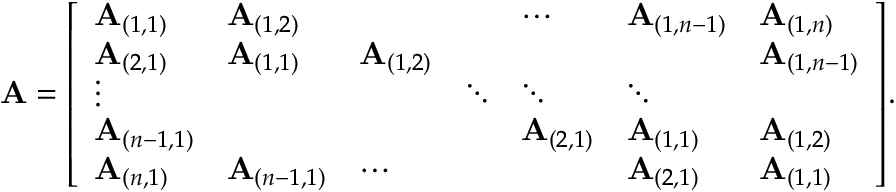
\mathbf { A } = { \left[ \begin{array} { l l l l l l l } { \mathbf { A } _ { ( 1 , 1 ) } } & { \mathbf { A } _ { ( 1 , 2 ) } } & { } & { } & { \cdots } & { \mathbf { A } _ { ( 1 , n - 1 ) } } & { \mathbf { A } _ { ( 1 , n ) } } \\ { \mathbf { A } _ { ( 2 , 1 ) } } & { \mathbf { A } _ { ( 1 , 1 ) } } & { \mathbf { A } _ { ( 1 , 2 ) } } & { } & { } & { } & { \mathbf { A } _ { ( 1 , n - 1 ) } } \\ { \vdots } & { } & { } & { \ddots } & { \ddots } & { \ddots } & { } \\ { \mathbf { A } _ { ( n - 1 , 1 ) } } & { } & { } & { } & { \mathbf { A } _ { ( 2 , 1 ) } } & { \mathbf { A } _ { ( 1 , 1 ) } } & { \mathbf { A } _ { ( 1 , 2 ) } } \\ { \mathbf { A } _ { ( n , 1 ) } } & { \mathbf { A } _ { ( n - 1 , 1 ) } } & { \cdots } & { } & { } & { \mathbf { A } _ { ( 2 , 1 ) } } & { \mathbf { A } _ { ( 1 , 1 ) } } \end{array} \right] } .